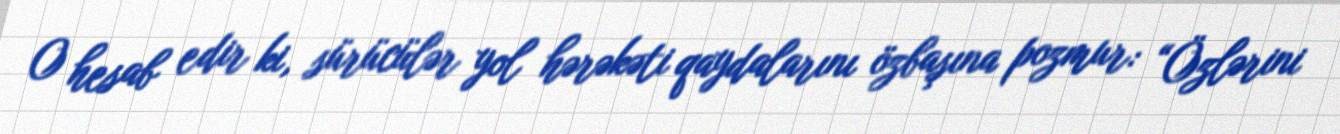
O hesab edir ki, sürücülər yol hərəkəti qaydalarını özbaşına pozmur: “Özlərini